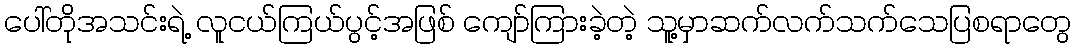
ပေါ်တိုအသင်းရဲ့ လူငယ်ကြယ်ပွင့်အဖြစ် ကျော်ကြားခဲ့တဲ့ သူ့မှာဆက်လက်သက်သေပြစရာတွေ